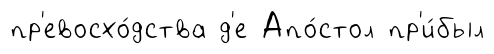
пр'евосхо́дства д'е Апо́стол пр'и́был